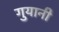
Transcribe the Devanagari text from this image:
गुयानी